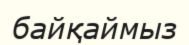
байқаймыз